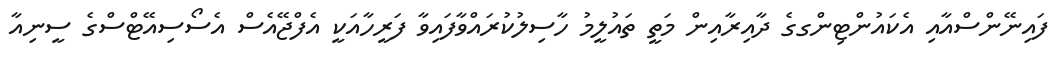
ފައިނޭންސްއާއި އެކައުންޓިންގގެ ދާއިރާއިން މަތީ ތައުލީމު ހާސިލުކުރައްވާފައިވާ ފަރީހާއަކީ އެފްޖޭއެސް އެސޯސިއޭޓްސްގެ ސީނިއާ